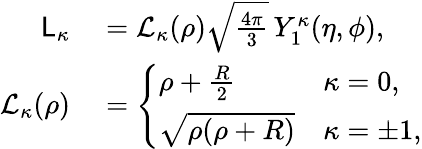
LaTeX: \begin{array}{rl}{\mathsf{L}_{\kappa}}&{{}=\mathcal{L}_{\kappa}(\rho)\sqrt{\frac{4\pi}{3}}\, Y_{1}^{\kappa}(\eta,\phi),}\\ {\mathcal{L}_{\kappa}(\rho)}&{{}=\left\{ \begin{array}{ll}{\rho+\frac{R}{2}}&{\kappa=0,}\\ {\sqrt{\rho(\rho+R)}}&{\kappa=\pm 1,}\end{array}\right.}\end{array}